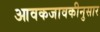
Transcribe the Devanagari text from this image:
आवकजावकीनुसार